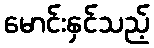
မောင်းနှင်သည့်